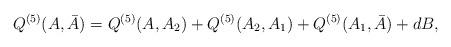
LaTeX: \begin{align*}Q^{(5)}(A,\bar{A})=Q^{(5)}(A,A_{2})+Q^{(5)}(A_{2},A_{1})+Q^{(5)}(A_{1},\bar{A})+dB, \end{align*}